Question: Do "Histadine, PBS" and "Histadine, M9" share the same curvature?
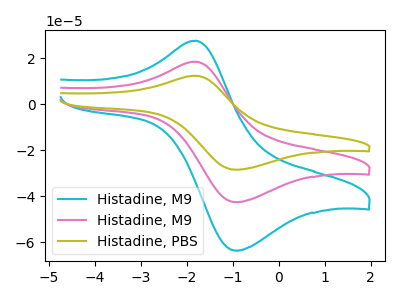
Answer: <think>The cyan curve "Histadine, M9" has an anodic peak at (-1.80V, 36.90uA) and a cathodic peak at (-0.95V, -85.05uA). The pink curve "Histadine, M9" has an anodic peak at (-1.80V, 18.45uA) and a cathodic peak at (-0.95V, -42.50uA). The olive curve "Histadine, PBS" has an anodic peak at (-1.80V, 12.35uA) and a cathodic peak at (-0.95V, -28.45uA).
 All the peaks in "Histadine, PBS" have a peak in "Histadine, M9" at the same potential. Every peak in "Histadine, PBS" is lower than every peak in "Histadine, M9".</think>
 <answer>"Histadine, PBS" and "Histadine, M9" are similar in shape.</answer>
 <eval>same_shape</eval>